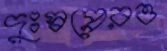
দুঃস্বপ্নেরও